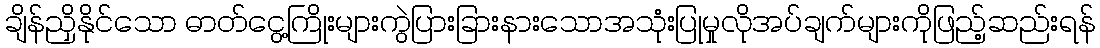
ချိန်ညှိနိုင်သော ဓာတ်ငွေ့ကြိုးများကွဲပြားခြားနားသောအသုံးပြုမှုလိုအပ်ချက်များကိုဖြည့်ဆည်းရန်